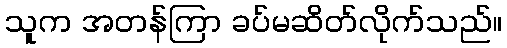
သူက အတန်ကြာ ခပ်မဆိတ်လိုက်သည်။